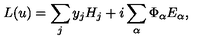
L ( u ) = \sum _ { j } y _ { j } H _ { j } + i \sum _ { \alpha } \Phi _ { \alpha } E _ { \alpha } ,